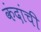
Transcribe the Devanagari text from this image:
कंदांची